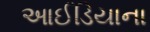
આઈડિયાના